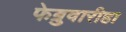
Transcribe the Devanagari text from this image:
फेब्रुवारीहा